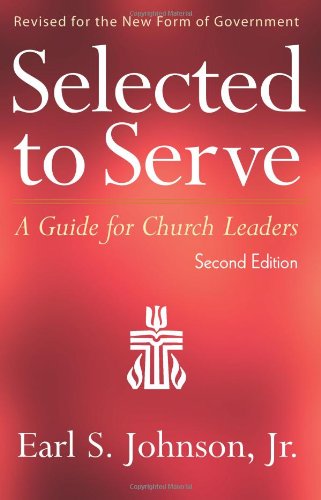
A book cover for Selected to Serve, Second Edition: A Guide for Church Leaders; Jr.  Earl S. Johnson; Christian Books & Bibles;